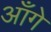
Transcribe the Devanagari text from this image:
आँगे